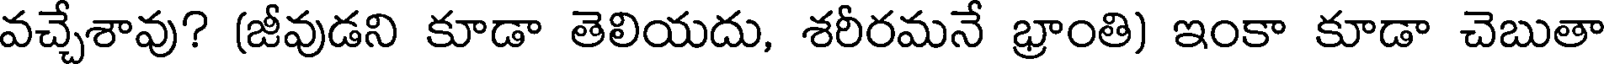
వచ్చేశావు? (జీవుడని కూడా తెలియదు, శరీరమనే భ్రాంతి) ఇంకా కూడా చెబుతా